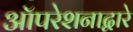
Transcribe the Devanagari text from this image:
ऑपरेशनाद्वारे